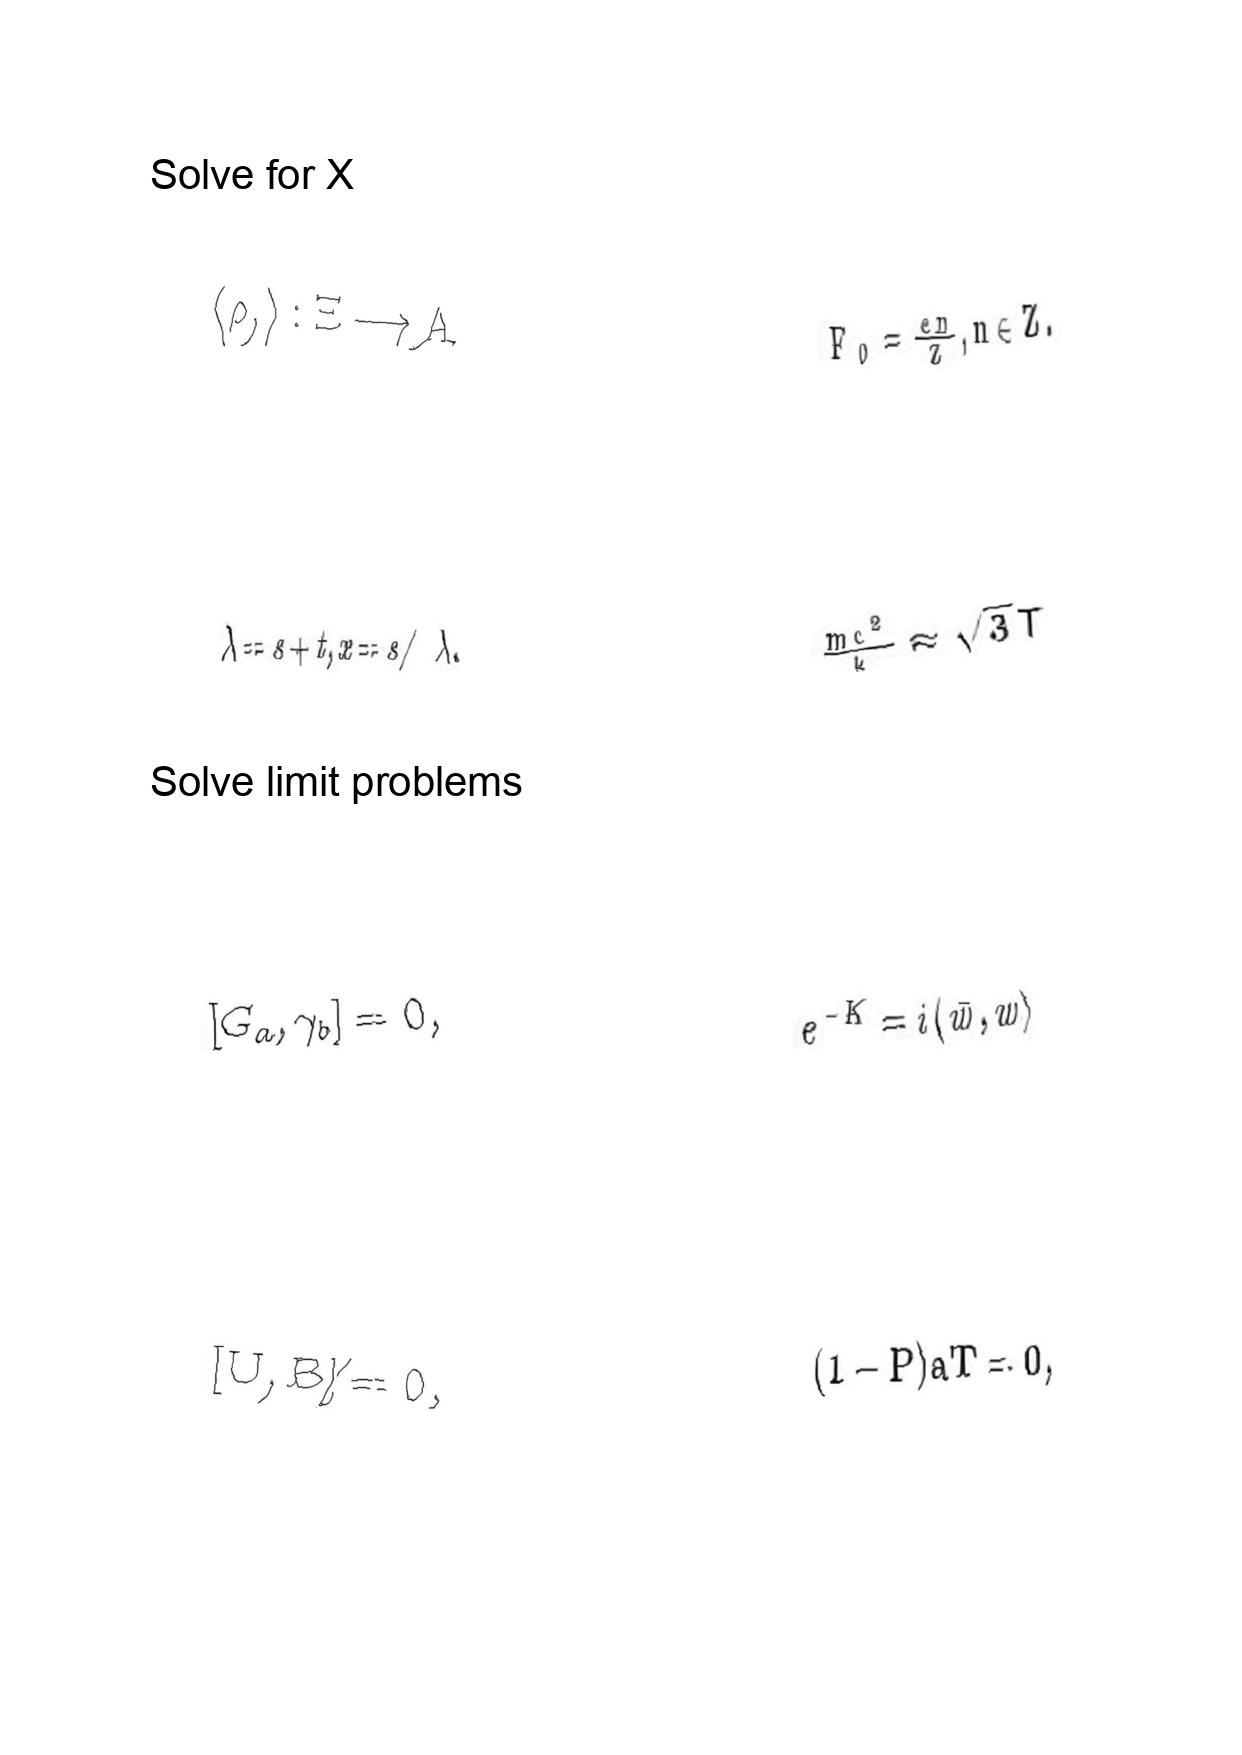
LaTeX transcription:
\langle \rho , \rangle : \Xi \longrightarrow A
\lambda = s + t , x = s / \lambda .
\lbrack G _ { a } , \gamma _ { b } \rbrack = 0 ,
\lbrack U , B \rbrack \neq 0 ,
F _ { 0 } = \frac { e n } { Z } , n \in Z .
\frac { m c ^ { 2 } } { k } \approx \sqrt { 3 } T
e ^ { - K } = i \langle \bar { w } , w \rangle
\lparen 1 - P \rparen a T = 0 ,